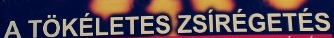
A TOKELETES ZSIREGETES